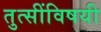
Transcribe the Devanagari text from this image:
तुत्‍सींविषयी